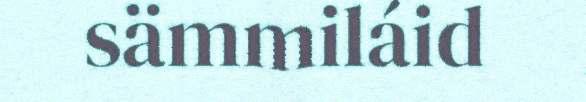
sämmiláid